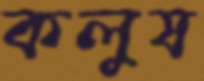
কলুষ